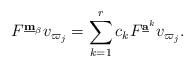
LaTeX: \begin{align*}F^{\mathbf{\underline m}_\beta} v_{\varpi_j}=\sum_{k=1}^r c_k F^{\mathbf{\underline a}^k} v_{\varpi_j}.\end{align*}